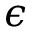
\epsilon